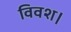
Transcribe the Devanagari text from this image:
विवश।